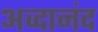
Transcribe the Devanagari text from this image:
अव्दानंद